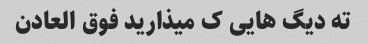
ته دیگ هایی ک میذارید فوق العادن